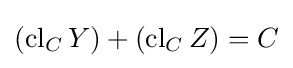
\left(\operatorname {cl} _{C}Y\right)+\left(\operatorname {cl} _{C}Z\right)=C